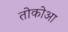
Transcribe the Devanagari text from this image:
तोकोआ